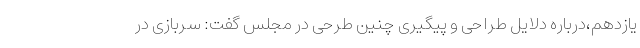
یازدهم،درباره دلایل طراحی و پیگیری چنین طرحی در مجلس گفت: سربازی در